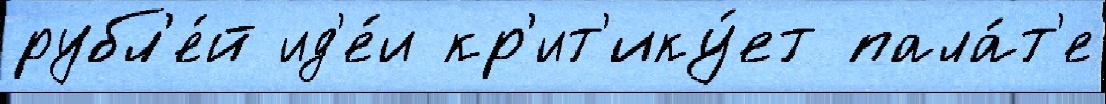
рубл'е́й ид'е́и кр'ит'ику́ет пала́т'е